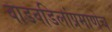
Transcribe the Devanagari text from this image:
वाडवडिलांप्रमाणेच